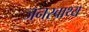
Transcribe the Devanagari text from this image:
जनस्वाथ्य